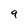
Character: 9